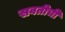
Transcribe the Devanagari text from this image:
सवतीची